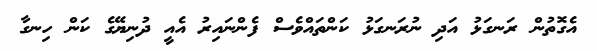
އެގޮތުން ރަނގަޅު އަދި ނުރަނގަޅު ކަންތައްވެސް ފެންނައިރު އެއީ ދުނިޔޭގެ ކަން ހިނގާ